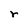
Character: r